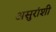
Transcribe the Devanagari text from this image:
असुरांशी